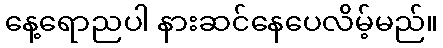
နေ့ရောညပါ နားဆင်နေပေလိမ့်မည်။